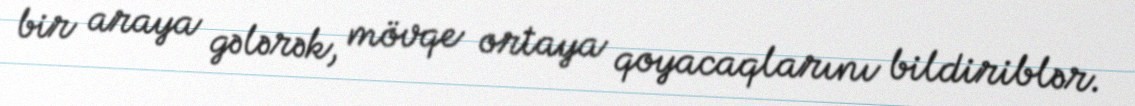
bir araya gələrək, mövqe ortaya qoyacaqlarını bildiriblər.